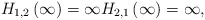
\begin{align*}H_{1,2}\left( \infty \right) =\infty H_{2,1}\left(\infty \right) =\infty , \end{align*}